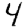
Digit: 4